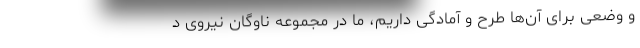
و وضعی برای آن‌ها طرح و آمادگی داریم، ما در مجموعه ناوگان نیروی د